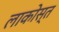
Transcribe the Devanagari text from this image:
लाकोस्त